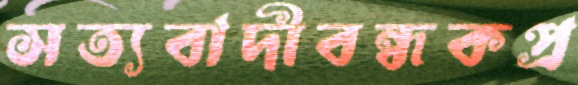
সত্যবাদীবন্ধকপ্র